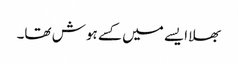
بھلا ایسے میں کسے ہوش تھا۔